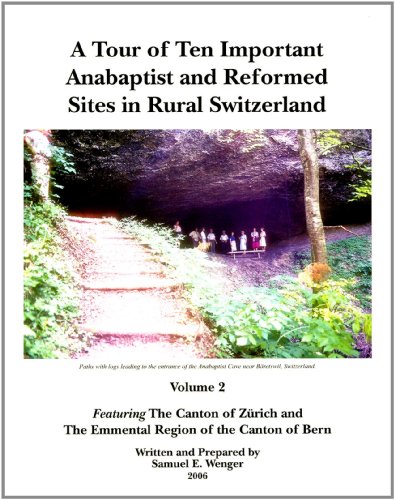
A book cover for A Tour of Ten Important Anabaptist and Reformed Sites in Rural Switzerland, Volume 2; Samuel E. Wenger; Travel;